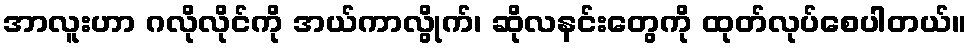
အာလူးဟာ ဂလိုလိုင်ကို အယ်ကာလွိုက်၊ ဆိုလနင်းတွေကို ထုတ်လုပ်စေပါတယ်။